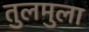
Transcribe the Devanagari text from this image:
तुलमुला